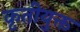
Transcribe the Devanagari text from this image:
कृतीयुक्त